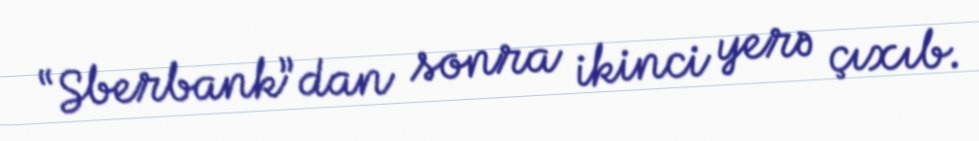
“Sberbank”dan sonra ikinci yerə çıxıb.